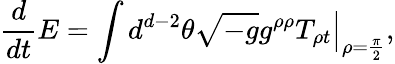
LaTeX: {\frac{d}{dt}}E=\int d^{d-2}\theta\left.\sqrt{-g}g^{\rho\rho}T_{\rho t}\right|_{\rho={\frac{\pi}{2}}},